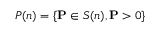
P ( n ) = \{ \mathbf { P } \in S ( n ) , \mathbf { P } > 0 \}